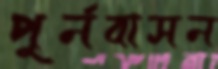
পুর্নবাসন